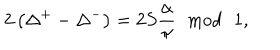
LaTeX: 2 \left( \Delta ^ { + } - \Delta ^ { - } \right) = 2 S \frac { \alpha } { \pi } \, \, \bmod \, \, 1 ,